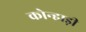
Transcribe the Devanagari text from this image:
कोन्हाड़ी